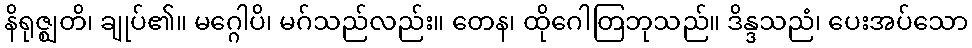
နိရုဇ္ဈတိ၊ ချုပ်၏။ မဂ္ဂေါပိ၊ မဂ်သည်လည်း။ တေန၊ ထိုဂေါတြဘုသည်။ ဒိန္ဒသညံ၊ ပေးအပ်သော